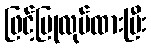
ဖြင့်ပြုလုပ်ထားပြီး